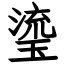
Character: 瑬